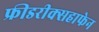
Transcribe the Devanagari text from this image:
फ्रीडरीक्सहाफेन